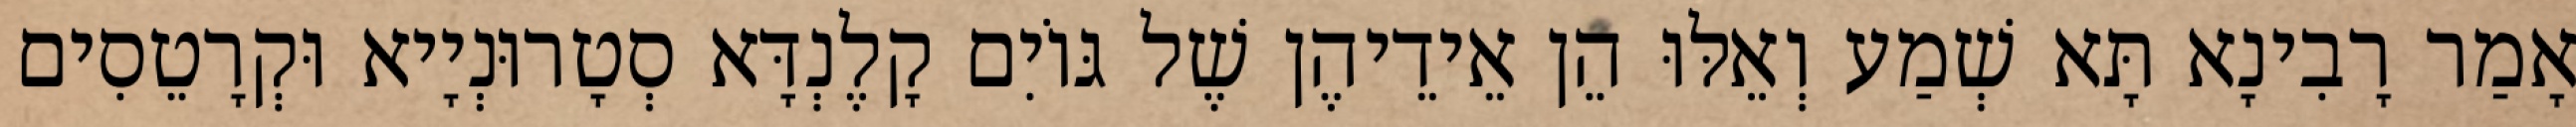
אָמַר רָבִינָא תָּא שְׁמַע וְאֵלּוּ הֵן אֵידֵיהֶן שֶׁל גּוֹיִם קָלֶנְדָּא סְטָרוּנְיָיא וּקְרָטֵסִים